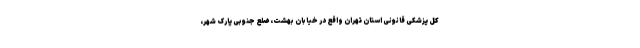
کل پزشکی قانونی استان تهران واقع در خیابان بهشت، ضلع جنوبی پارک شهر،